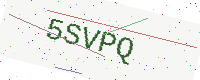
Text: 5SVPQ